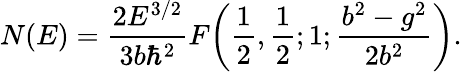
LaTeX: N(E)={\frac{2E^{3/2}}{3b\hbar^{2}}}F\! \left({\frac{1}{2}},{\frac{1}{2}};1;{\frac{b^{2}-g^{2}}{2b^{2}}}\right).